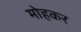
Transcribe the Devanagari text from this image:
मोहकर